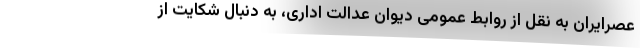
عصرایران به نقل از روابط عمومی دیوان عدالت اداری، به دنبال شکایت از